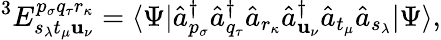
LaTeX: ^3E_{s_{\lambda}t_{\mu}\mathbf{u}_{\nu}}^{p_{\sigma}q_{\tau}r_{\kappa}}=\langle\Psi|\hat{{a}}_{p_{\sigma}}^{\dagger}\hat{{a}}_{q_{\tau}}^{\dagger}\hat{{a}}_{r_{\kappa}}\hat{{a}}_{\mathbf{u}_{\nu}}^{\dagger}\hat{{a}}_{t_{\mu}}\hat{{a}}_{s_{\lambda}}|\Psi\rangle,